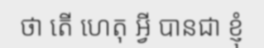
ថា តើ ហេតុ អ្វី បានជា ខ្ញុំ